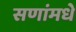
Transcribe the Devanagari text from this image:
सणांमधे